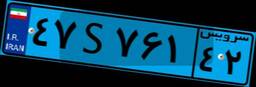
۷۷S۷۰۵۸۴